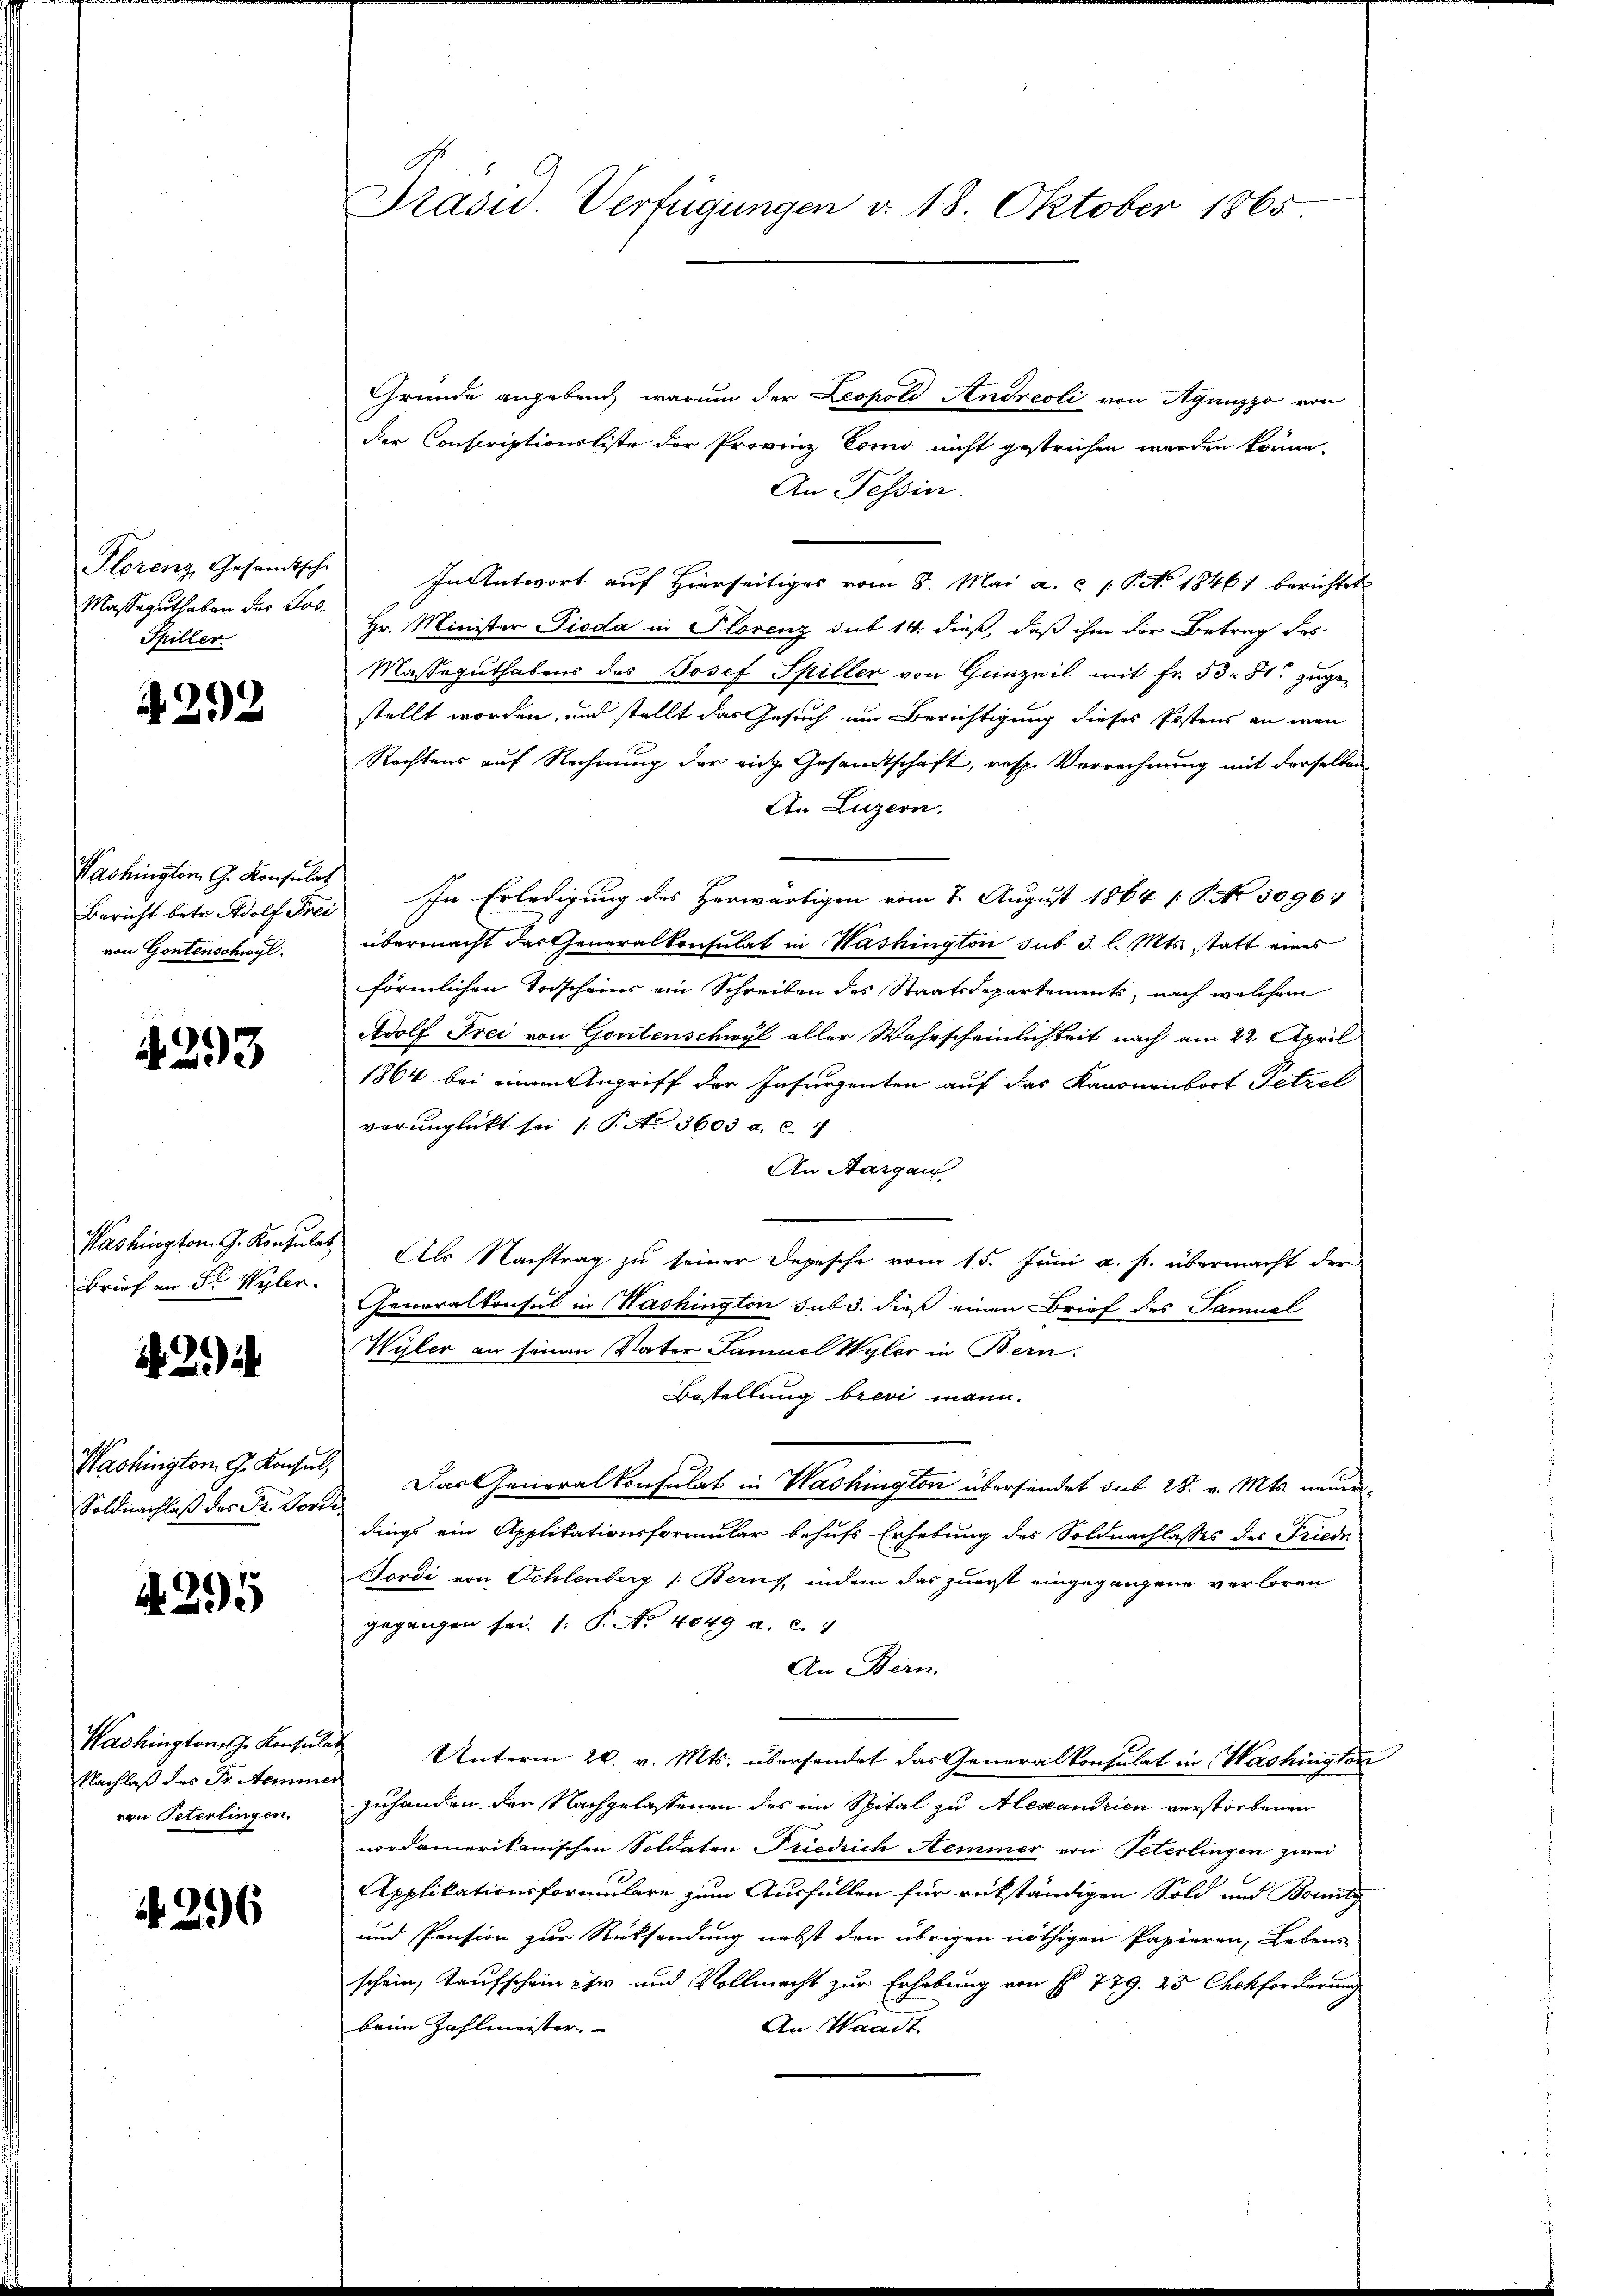
Plorenz Gesandtsche
Masse guthaben des Jos.
Spiller

4292

Washington G. Konsulat
von Gontenschwyl.

4293

Brief an Sr Wyler.

2)

Soldnachlaß des Fr. Vorde

A 295

Washingtonische Konsulat
Nachlaß des Fr. Seminer
von Peterlingen.

296

Präsid. Verfügungen v. 18. Oktober 1865

Gründe angebruch, warum der Leopold Andreoli von Agnnzzo von
der Conscriptionsliste der Provinz Como nicht gestrichen werden könne.
An Tessin.
In Antwort auf Hierseitiges vom 8. Mai a. c 1. P. No. 18461 berichtet
Hr. Minister Pioda in Plorenz sub 14. dieß, daß ihm der Betrag des
Masseguthabens des Josef Spiller von Gunzwil mit Fr. 53. 81. zugestellt worden, und stellt das Gesuch um Berichtigung dieses Postens an wenn
Rechtens auf Rechnŭng der eige Gesandtschaft, resp. Verrechnung mit derselben
An Luzern.
Bericht betr. Adolf Frei In Erledigung des herwärtigen vom 7. August 1864 f. P. Nr. 3096:
übermacht das Generalkonsulat in Washington sub 3. l. Mts. statt eines
förmlichen Torscheins ein Schreiben des Staatsdepartements, nach welchem
Adolf Frei von Gontenschwyl aller Wahrscheinlichkeit nach am 22. April
1864 bei einem Angriff der Insurzenten auf das Kanonenbort Petrol
verunglückt sei (T. N. 3603 a. c.
An Aargau
Washington J. Konsulat Als Nachtrag zu seiner Depesche vom 15. Juni a. p. übermacht der
Generalkonsul in Washington sub 3. dieß einen Brief des Samuel
Wyler an seinen Vater Samuel Wyler in Bern.
Bestellung brevi mann.
Washington G. Konsul, Das Generalkonsulat in Washington übersendet sub 28. v. Mts. neuerdings ein Applikationsformular behufs Erhebung des Soldnachlasses des Friede
Tordi von Schlenberg 1: Berns, indem das zuerst eingegangene verloren
gegangen sei. 1. P. No 4049 a. c. 1
An Bern.
Unterm 20. v. Mts. übersendet das Generalkonsulat in Washington
zuhanden der Nachgelassenen des im Spital zu Alexandrien verstorbenen
nordamerikanischen Soldaten Friedrich Aeminer von Peterlingen zwei
Applikationsformulare zum Ausfüllen für rückständigen Sold und Bonitz
und Pension zur Rücksendung nebst den übrigen nöthigen Papieren Lebens-
schein, Kaufschein ihr und Vollmacht zur Erhebung von No 779. 23 Chckforderung
beim Zahlmeister.
An Waadt